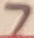
Text: 7